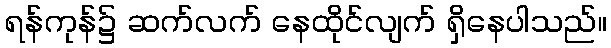
ရန်ကုန်၌ ဆက်လက် နေထိုင်လျက် ရှိနေပါသည်။